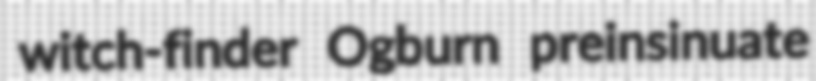
witch-finder Ogburn preinsinuate